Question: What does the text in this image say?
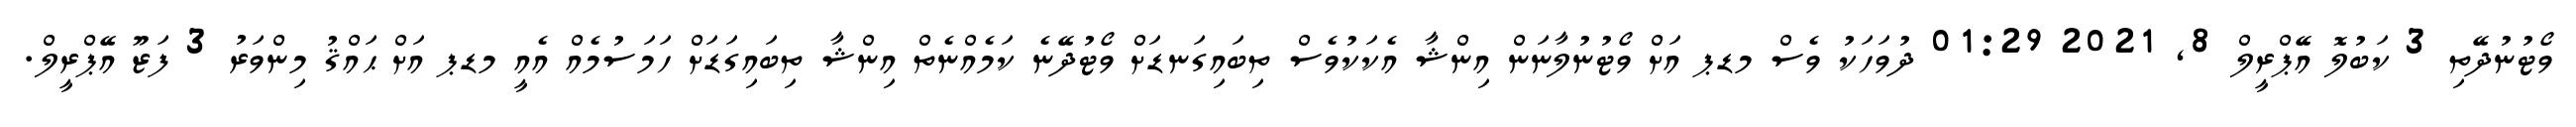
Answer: ވޯޓުނުދޭތި 3 ކަބުލޮ އޭޕްރީލް 8, 2021 01:29 ދުވަހަކު ވެސް މޑޕ އަށް ވޯޓުނުލާނަން އިންޝާ އެކަކުވެސް ތިބައިގަނޑަށް ވޯޓުދޭނެ ކަމެއްނެތް އިންޝާ ތިބައިގަޑަށް ހަމަސުމެއް އެއީ މޑޕ އަށް ޙައްޤު މިންވަރު 3 ފަޒޫ އޭޕްރީލް.